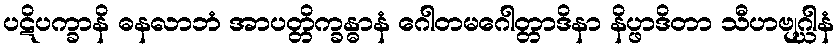
ပဋိပက္ခာနိ ဓနလာဘံ အာပတ္တိက္ခန္ဓာနံ ဂေါတမဂေါတ္တာဒိနာ နိပ္ဖာဒိတာ သီဟဗျဂ္ဃါနံ